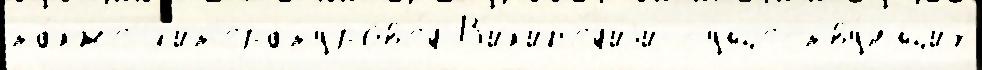
та́кже л'ит'ературов'е́д В'ик'ип'е́д'иjи существу́ющих